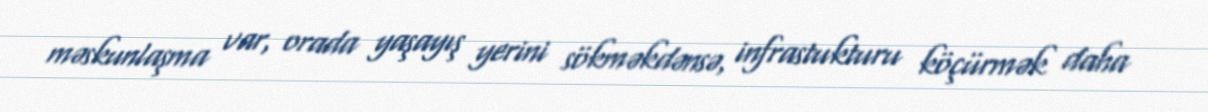
məskunlaşma var, orada yaşayış yerini sökməkdənsə, infrastukturu köçürmək daha